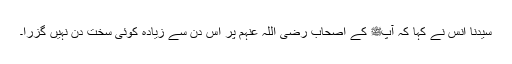
سیدنا انسؓ نے کہا کہ آپﷺ کے اصحاب رضی اللہ عنہم پر اس دن سے زیادہ کوئی سخت دن نہیں گزرا۔